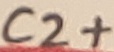
Text: C2+